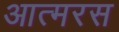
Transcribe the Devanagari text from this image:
आत्मरस